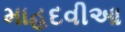
માહદવીઆ